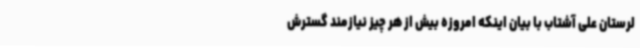
لرستان علی آشتاب با بیان اینکه امروزه بیش از هر چیز نیازمند گسترش